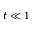
t \ll 1